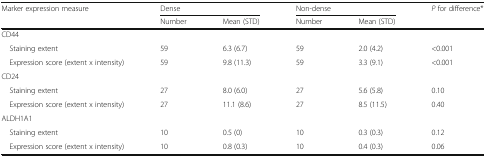
<table><thead><tr><td rowspan="2"><b>Marker expression measure</b></td><td colspan="2"><b>Dense</b></td><td colspan="2"><b>Non-dense</b></td><td rowspan="2"><b><i>P</i> for difference*</b></td></tr><tr><td><b>Number</b></td><td><b>Mean (STD)</b></td><td><b>Number</b></td><td><b>Mean (STD)</b></td></tr></thead><tbody><tr><td colspan="6">CD44</td></tr><tr><td> Staining extent</td><td>59</td><td>6.3 (6.7)</td><td>59</td><td>2.0 (4.2)</td><td>&lt;0.001</td></tr><tr><td> Expression score (extent x intensity)</td><td>59</td><td>9.8 (11.3)</td><td>59</td><td>3.3 (9.1)</td><td>&lt;0.001</td></tr><tr><td colspan="6">CD24</td></tr><tr><td> Staining extent</td><td>27</td><td>8.0 (6.0)</td><td>27</td><td>5.6 (5.8)</td><td>0.10</td></tr><tr><td> Expression score (extent x intensity)</td><td>27</td><td>11.1 (8.6)</td><td>27</td><td>8.5 (11.5)</td><td>0.40</td></tr><tr><td colspan="6">ALDH1A1</td></tr><tr><td> Staining extent</td><td>10</td><td>0.5 (0)</td><td>10</td><td>0.3 (0.3)</td><td>0.12</td></tr><tr><td> Expression score (extent x intensity)</td><td>10</td><td>0.8 (0.3)</td><td>10</td><td>0.4 (0.3)</td><td>0.06</td></tr></tbody></table>